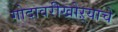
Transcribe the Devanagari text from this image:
गोदावरीखोऱ्याचे